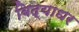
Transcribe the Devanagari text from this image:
बिद्याधर